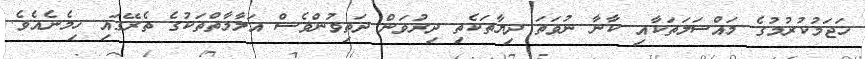
ހަޖަމުކުރުމުގެ މައްސަލަތަކާއި ކާނާ ނުވަތަ ދިޔާތަކެތި ދިރުވަން ދަތިވުންވެސް އަލާމާތްތަކުގެ ތެރޭގައި ހިމެނެއެވެ.